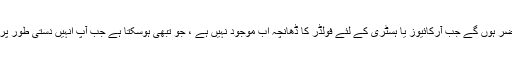
وہ تب ہی حاضر ہوں گے جب آرکائیوز یا ہسٹری کے لئے فولڈر کا ڈھانچہ اب موجود نہیں ہے ، جو تبھی ہوسکتا ہے جب آپ انہیں دستی طور پر حذف کردیں۔